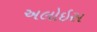
અલોઇસ